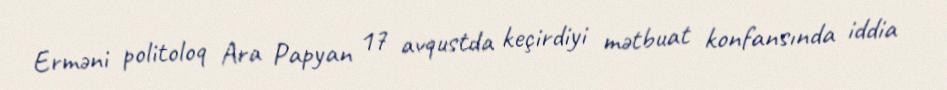
Erməni politoloq Ara Papyan 17 avqustda keçirdiyi mətbuat konfansında iddia